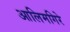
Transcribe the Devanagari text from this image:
आलिमगिरे